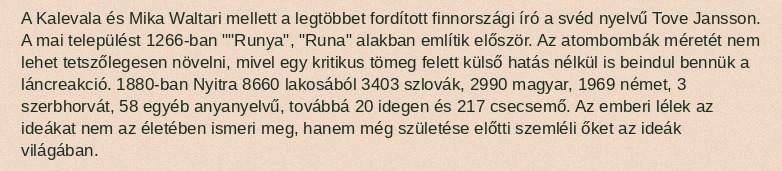
A Kalevala és Mika Waltari mellett a legtöbbet fordított finnországi író a svéd nyelvű Tove Jansson. A mai települést 1266-ban ""Runya", "Runa" alakban említik először. Az atombombák méretét nem lehet tetszőlegesen növelni, mivel egy kritikus tömeg felett külső hatás nélkül is beindul bennük a láncreakció. 1880-ban Nyitra 8660 lakosából 3403 szlovák, 2990 magyar, 1969 német, 3 szerbhorvát, 58 egyéb anyanyelvű, továbbá 20 idegen és 217 csecsemő. Az emberi lélek az ideákat nem az életében ismeri meg, hanem még születése előtti szemléli őket az ideák világában.